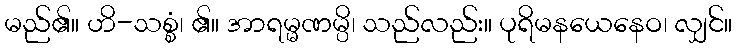
မည်၏။ ဟိ-သစ္စံ၊ ၏။ အာရမ္မဏမ္ပိ၊ သည်လည်း။ ပုရိမနယေနေဝ၊ လျှင်။